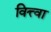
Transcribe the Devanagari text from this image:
वित्त्वा